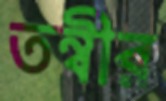
তন্বীর